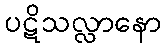
ပဋိသလ္လာနော